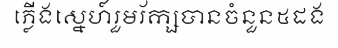
ភ្លើងស្នេហ៍រួមរ័ក្សបានចំនួន៥ដង